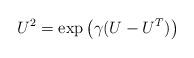
LaTeX: \begin{align*}U^2=\exp\left(\gamma(U-U^T)\right)\end{align*}